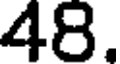
48.